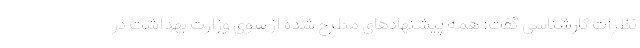
نظرات کارشناسی گفت: همه پیشنهادهای مطرح شده از سوی وزارت بهداشت در